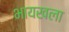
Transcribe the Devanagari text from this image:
भायखला